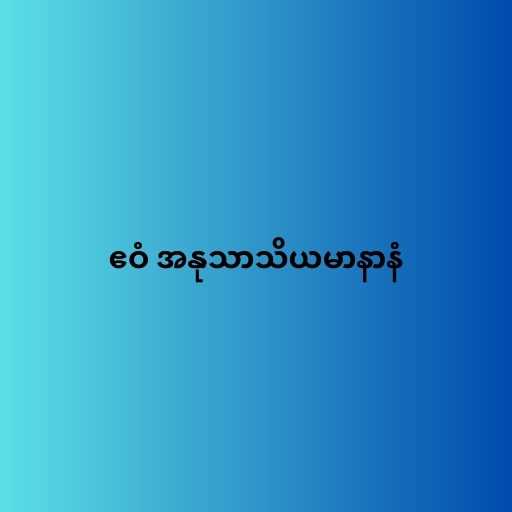
ဧဝံ အနုသာသိယမာနာနံ